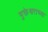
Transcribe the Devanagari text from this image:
मुक्तेश्वराच्या